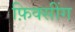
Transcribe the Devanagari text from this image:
फ़िक्सींग